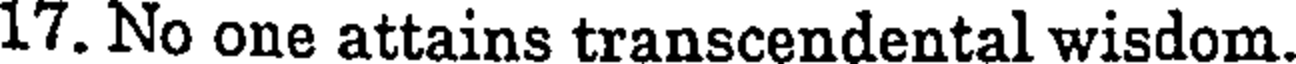
17. No one attains transcendental wisdom.